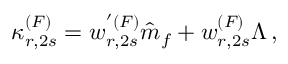
\kappa _ { r , 2 s } ^ { ( F ) } = w _ { r , 2 s } ^ { ' ( F ) } \hat { m } _ { f } + w _ { r , 2 s } ^ { ( F ) } \Lambda \, ,